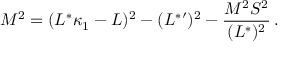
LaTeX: M ^ { 2 } = ( L ^ { * } \kappa _ { 1 } - L ) ^ { 2 } - ( L ^ { * } { } ^ { \prime } ) ^ { 2 } - { \frac { M ^ { 2 } S ^ { 2 } } { ( L ^ { * } ) ^ { 2 } } } \, .